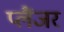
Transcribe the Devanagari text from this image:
प्लैंजर